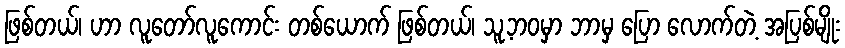
ဖြစ်တယ်၊ ဟာ လူတော်လူကောင်း တစ်ယောက် ဖြစ်တယ်၊ သူ့ဘဝမှာ ဘာမှ ပြော လောက်တဲ့ အပြစ်မျိုး